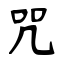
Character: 咒